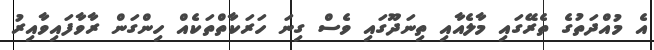
އެ މުއްދަތުގެ ތެރޭގައި މާލެއާއި ތިނަދޫގައި ވެސް ގިނަ ހަރަކާތްތަކެއް ހިންގަން ރާވާފައިވާއިރު